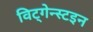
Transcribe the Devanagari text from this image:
विट्गेन्स्टइन